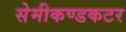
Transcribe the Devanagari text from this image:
सेमीकण्डकटर